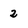
Character: 2